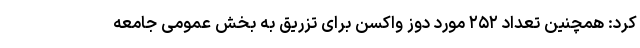
کرد: همچنین تعداد ۲۵۲ مورد دوز واکسن برای تزریق به بخش عمومی جامعه